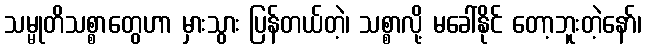
သမ္မုတိသစ္စာတွေဟာ မှားသွား ပြန်တယ်တဲ့၊ သစ္စာလို့ မခေါ်နိုင် တော့ဘူးတဲ့နော်၊